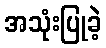
အသုံးပြုခဲ့